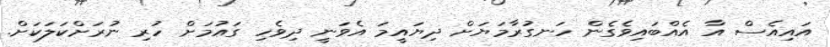
އައިއެސް އާ އެއްބައިވެގެން ހަނގުރާމަޔަށް ދިޔައީމަ އެވަނީ ދިވެހި ގައުމަށް ހުރި ނުރަށްކަލަކަށް.